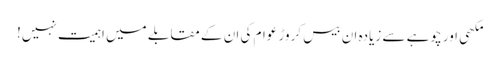
مکھی اور چوہے سے زیادہ ان بیس کروڑ عوام کی ان کے مقابلے میں اہمیت نہیں!